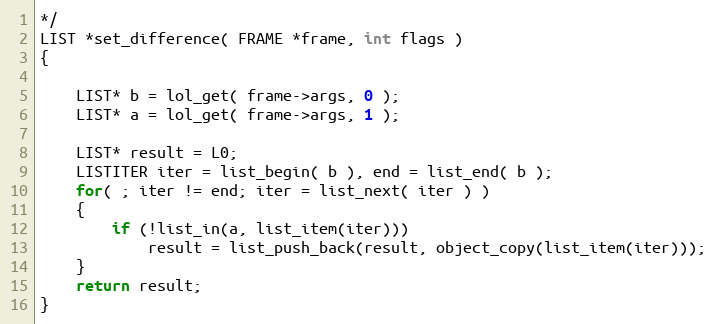
Language: C
*/
LIST *set_difference( FRAME *frame, int flags )
{

    LIST* b = lol_get( frame->args, 0 );
    LIST* a = lol_get( frame->args, 1 );

    LIST* result = L0;
    LISTITER iter = list_begin( b ), end = list_end( b );
    for( ; iter != end; iter = list_next( iter ) )
    {
        if (!list_in(a, list_item(iter)))
            result = list_push_back(result, object_copy(list_item(iter)));
    }
    return result;
}